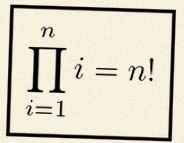
\prod_{i=1}^{n}i=n!